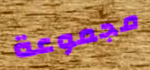
مجموعة